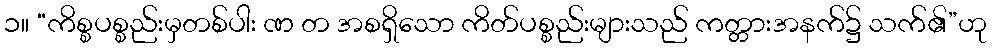
၁။ “ကိစ္စပစ္စည်းမှတစ်ပါး ဏ တ အစရှိသော ကိတ်ပစ္စည်းများသည် ကတ္တားအနက်၌ သက်၏”ဟု